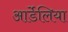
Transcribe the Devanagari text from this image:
आर्डेलिया